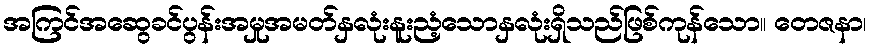
အကြင်အဆွေခင်ပွန်းအမှုအမတ်နှလုံးနူးညံ့သောနှလုံးရှိသည်ဖြစ်ကုန်သော။ တေဇနာ၊